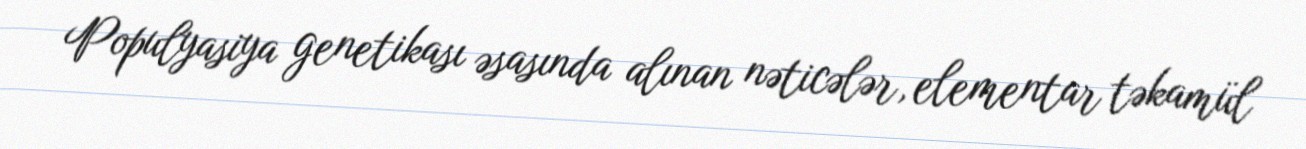
Populyasiya genetikası əsasında alınan nəticələr, elementar təkamül